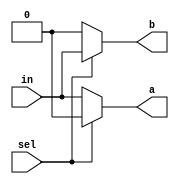
`timescale 1ns / 1ps

module DeMux1x2(in,sel,a,b);

input in,sel;
output reg a,b;

always@(*) begin
	if(sel)
		begin
			b<=in;
			a<=0;
		end
	else
		begin
			a<=in;
			b<=0;
		end
end

endmodule